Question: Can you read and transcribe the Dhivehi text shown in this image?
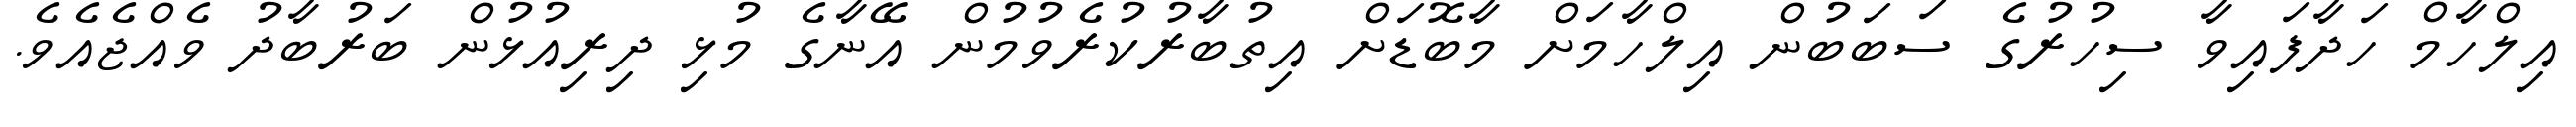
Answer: އިލްހާމް ހަދާފައިވާ ސިހުރުގެ ސަބަބުން އިލްހާމަށް މާބޮޑަށް އިތުބާރުކުރެވުމުން އޭނާގެ މުޅި ދިރިއުޅުން ބަރުބާދު ވެއްޖެއެވެ.